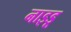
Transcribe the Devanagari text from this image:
नाइडू